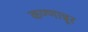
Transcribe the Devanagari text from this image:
कण्णान्नूर